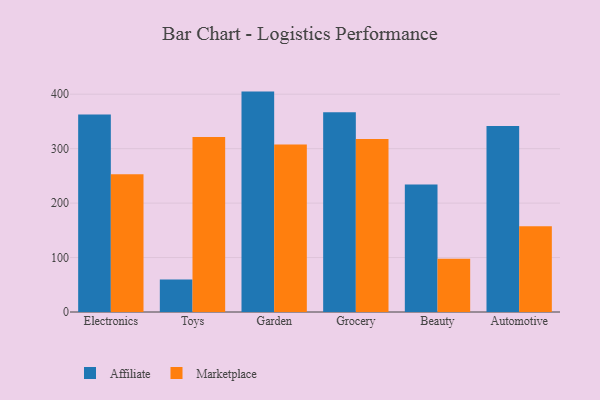
{"axis": {"x": "Category", "y": "Gross Profit (USD K)"}, "legend": ["Affiliate", "Marketplace"], "data": [{"x": "Electronics", "y": 362.6, "type": "Affiliate"}, {"x": "Electronics", "y": 253.1, "type": "Marketplace"}, {"x": "Toys", "y": 59.8, "type": "Affiliate"}, {"x": "Toys", "y": 321.4, "type": "Marketplace"}, {"x": "Garden", "y": 404.8, "type": "Affiliate"}, {"x": "Garden", "y": 307.5, "type": "Marketplace"}, {"x": "Grocery", "y": 366.7, "type": "Affiliate"}, {"x": "Grocery", "y": 317.8, "type": "Marketplace"}, {"x": "Beauty", "y": 234.2, "type": "Affiliate"}, {"x": "Beauty", "y": 97.6, "type": "Marketplace"}, {"x": "Automotive", "y": 341.5, "type": "Affiliate"}, {"x": "Automotive", "y": 157.4, "type": "Marketplace"}]}